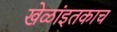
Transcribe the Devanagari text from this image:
खेळांइतकाच